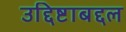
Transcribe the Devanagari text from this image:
उद्दिष्टाबद्दल